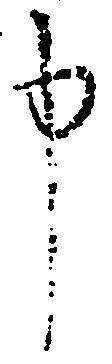
申